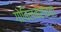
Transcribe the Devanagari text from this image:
गोविलकरांच्या